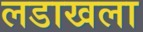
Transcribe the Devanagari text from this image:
लडाखला